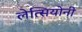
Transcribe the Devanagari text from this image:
लेत्सियोनी